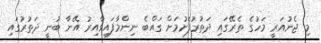
މި ޖެނުއަރީ މަހުގެ ތެރޭގައި ދަތުރުފެށުމަށް ގައްބެ ނިންމާފައިވާއިރު އޭނާ ބުނީ ދަތުރުގައި